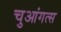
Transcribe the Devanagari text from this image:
चुआंगत्स